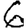
Digit: 6